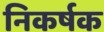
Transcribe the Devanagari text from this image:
निकर्षक